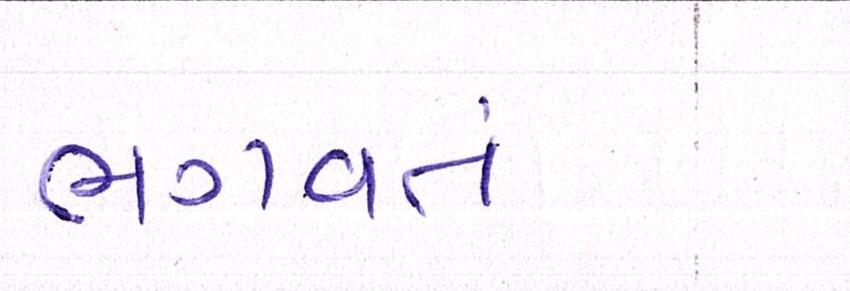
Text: ભગવતં